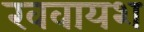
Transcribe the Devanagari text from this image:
खवायश